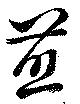
煎